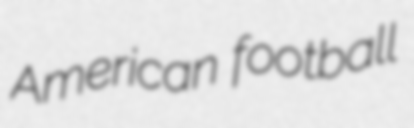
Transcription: American football